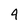
Character: 9